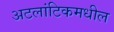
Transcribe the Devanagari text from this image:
अटलांटिकमधील